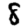
Digit: 8